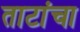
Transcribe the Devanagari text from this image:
ताटांचा